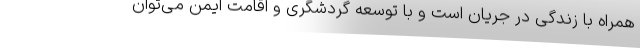
همراه با زندگی در جریان است و با توسعه گردشگری و اقامت ایمن می‌توان